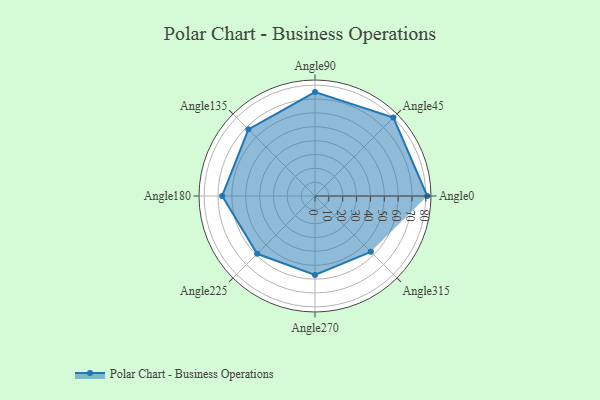
{"axis": {"x": "Angle", "y": "Radius"}, "legend": [""], "data": [{"x": "Angle0", "y": 81.0, "type": ""}, {"x": "Angle45", "y": 80.0, "type": ""}, {"x": "Angle90", "y": 75.0, "type": ""}, {"x": "Angle135", "y": 68.0, "type": ""}, {"x": "Angle180", "y": 67.0, "type": ""}, {"x": "Angle225", "y": 59.0, "type": ""}, {"x": "Angle270", "y": 57.0, "type": ""}, {"x": "Angle315", "y": 57.0, "type": ""}]}